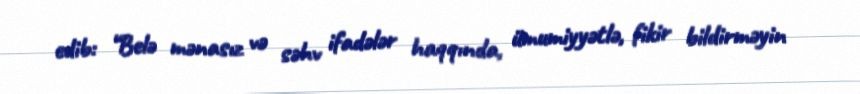
edib: “Belə mənasız və səhv ifadələr haqqında, ümumiyyətlə, fikir bildirməyin